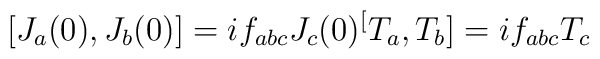
[ J_a (0), J_b (0) ] = if_{abc} J_c (0) \sp [T_a,T_b]= if_{abc} T_c